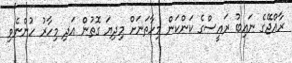
ރާއްޖޭގެ ނައިބު ރައީސްގެ ކަންކަން މިހާތަނަށް މިދިޔަ ގޮތުން އަދި މިހާރު ހުންނެވި